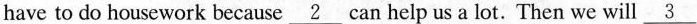
have to do housework because \underline{2} can help us a lot. Then we will \underline{3}